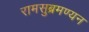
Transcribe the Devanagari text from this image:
रामसुब्रमण्यन